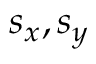
s _ { x } , s _ { y }